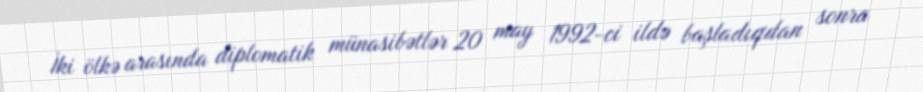
İki ölkə arasında diplomatik münasibətlər 20 may 1992-ci ildə başladıqdan sonra